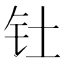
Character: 钍